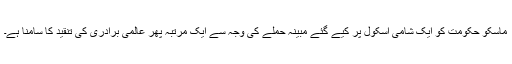
ماسکو حکومت کو ایک شامی اسکول پر کیے گئے مبینہ حملے کی وجہ سے ایک مرتبہ پھر عالمی برادری کی تنقید کا سامنا ہے۔